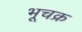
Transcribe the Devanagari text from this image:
भूचक्र